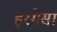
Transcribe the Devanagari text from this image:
हरगेसा